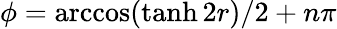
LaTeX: \phi=\operatorname{arccos}(\operatorname{tanh}2r)/2+n\pi